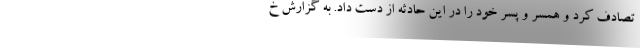
تصادف کرد و همسر و پسر خود را در این حادثه از دست داد. به گزارش خ